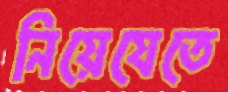
নিয়েযেতে